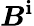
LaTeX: \boldsymbol{B}^{\mathbf{i}}